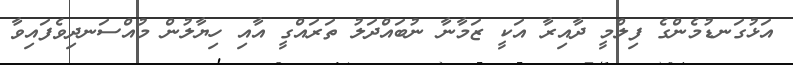
އަޅުގަނޑުމެންގެ ފިލްމީ ދާއިރާ އަކީ ޒަމާނާ ނުބައްދަލު ތަރައްގީ އާއި ހިޔާލުން މުއްސަނދިވެފައިވާ